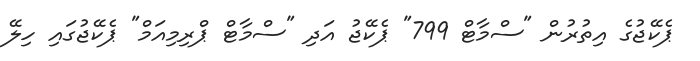
ޕެކޭޖުގެ އިތުރުން "ސްމާޓް 799" ޕެކޭޖު އަދި "ސްމާޓް ޕްރިމިއަމް" ޕެކޭޖުގައި ހިލޭ